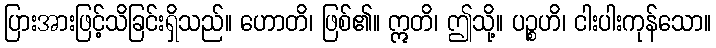
ပြားအားဖြင့်သိခြင်းရှိသည်။ ဟောတိ၊ ဖြစ်၏။ ဣတိ၊ ဤသို့။ ပဉ္စဟိ၊ ငါးပါးကုန်သော။